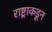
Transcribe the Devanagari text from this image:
राष्ट्राकडून